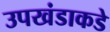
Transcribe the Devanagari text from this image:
उपखंडाकडे